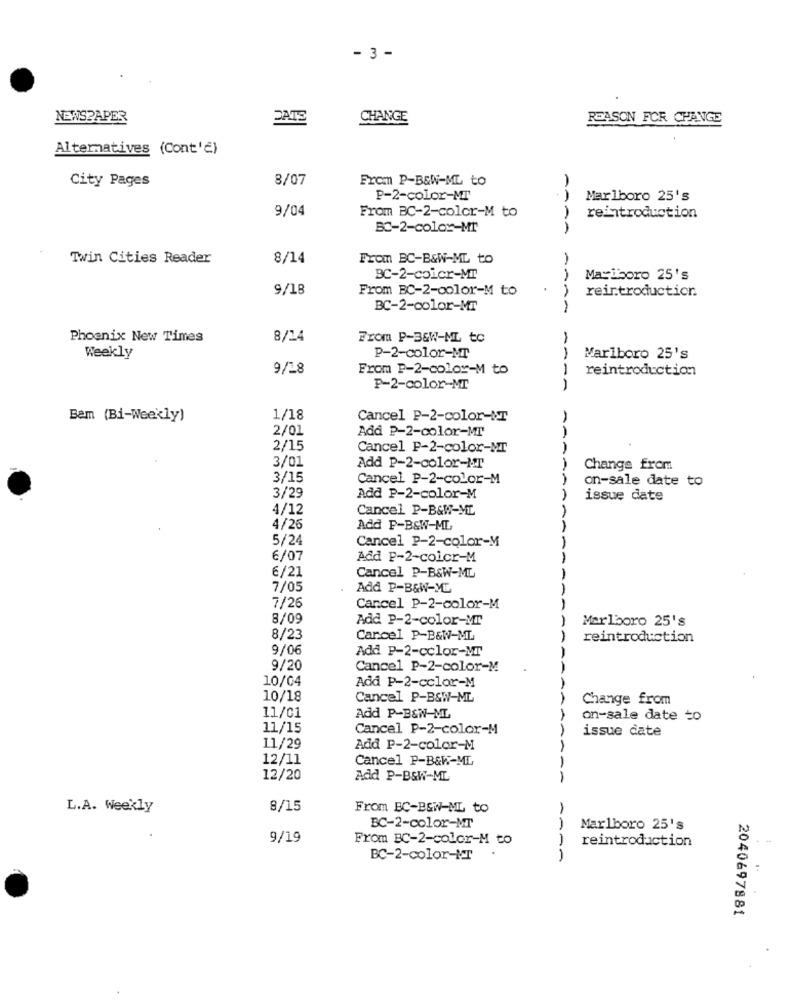
- 3 -
NEWSPAPER
DATE
CHANGE
REASON FOR CHANGE
Alternatives (Cont'€)
City Pages
8/07
From P-B&W-ML to
P-2-color-MT
Marlboro 25's
9/04
From BC-2-color-M to
reintroduction
BC-2-color-Mr
Twin Cities Reader
8/14
From BC-B&W-ML to
BC-2-coicr-MT
Maxiboro 25's
9/18
From BC-2-color-M to
reintroduction.
BC-2-color-MT
Phoenix New Times
8/14
From P-36W-ML to
Weekly
P-2-color-MT
Marlboro 25's
9/18
From P-2-color-M to
reintroduction
P-2-color-MT
-
Bem (Bi-Weekly)
1/18
Cancel P-2-color-Nr
2/01
Add P-2-color-MT
2/15
Cancel P-2-color-MT
AAA
3/01
Add P-2-color-1-T
Change from
3/15
Cancel P-2-color-M
on-sale date to
3/29
Add P-2-color-M
issue date
4/12
Cancel P-B&W-ML
AA
4/26
Add P-B&W-ML
5/24
Cancel P-2-color-M
6/07
Add P-2-colcr-M
6/21
Cancel P-B&W-ML
7/05
Add P-B&W-ME
7/26
Cancel P-2-color-M
8/09
Add P-2-color-MT
Marlboro 25's
8/23
Cancel P-B&W-ML
-
reintroduction
9/06
Add P-2-cclor-MT
9/20
Cancel P-2-color-M
10/04
Add P-2-cclor-M
10/18
Cancel P-B&W-ML
Change from
11/01
Add P-B&W-ML
on-sale date to
11/15
Cancel P-2-color-M
issue date
11/29
Add P-2-color-M
12/11
Cancel P-B&W-ML
12/20
Add P-B&W-ML
--
L.A. Weekly
8/15
From BC-B&W-ML to
BC-2-color-MT
Marlboro 25's
9/19
From BC-2-color-M to
reintroduction
.
BC-2-color-NT
2040697881